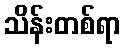
သိန်းတစ်ရာ